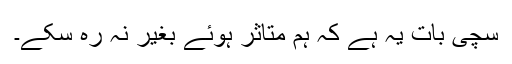
سچی بات یہ ہے کہ ہم متاثر ہوئے بغیر نہ رہ سکے۔